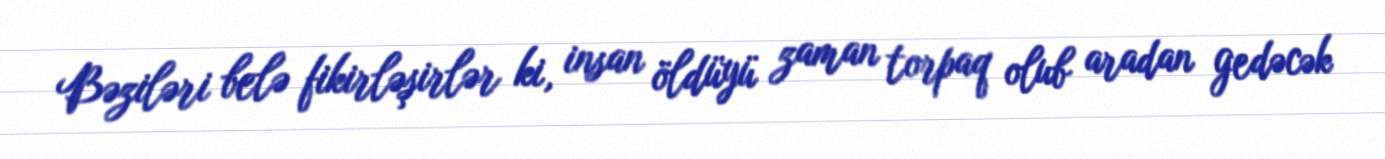
Bəziləri belə fikirləşirlər ki, insan öldüyü zaman torpaq olub aradan gedəcək